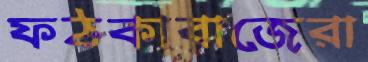
ফঠকাবাজেরা